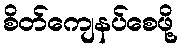
စိတ်ကျေနပ်စေဖို့